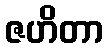
ဇဟိတာ